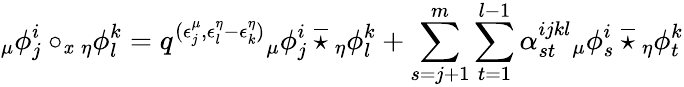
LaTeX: {_{\mu}\phi_{j}^{i}}\circ_{\mathit{x}}{_{\eta}\phi_{l}^{k}}=q^{(\epsilon_{j}^{\mu},\epsilon_{l}^{\eta}-\epsilon_{k}^{\eta})}{_{\mu}\phi_{j}^{i}}\: \overline{{{\star}}}\: {_{\eta}\phi_{l}^{k}}+\sum_{s=j+1}^{m}\sum_{t=1}^{l-1}\alpha_{st}^{ijkl}{_{\mu}\phi_{s}^{i}}\: \overline{{{\star}}}\: {_{\eta}\phi_{t}^{k}}